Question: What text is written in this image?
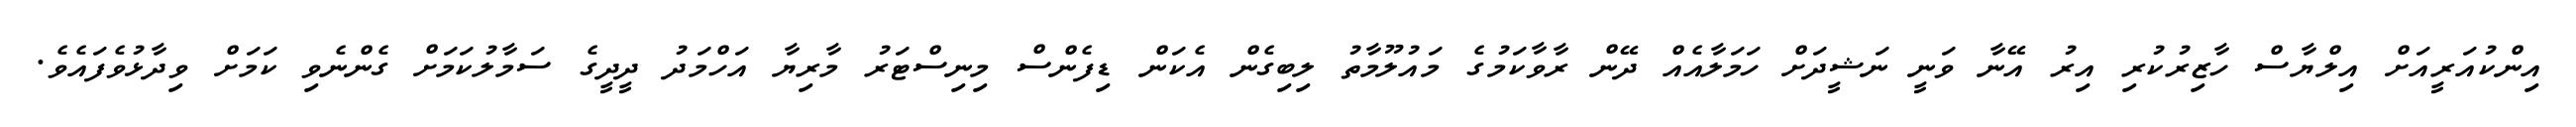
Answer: އިންކުއަރީއަށް އިލްޔާސް ހާޒިރުކުރި އިރު އޭނާ ވަނީ ނަޝީދަށް ހަމަލާއެއް ދޭން ރާވާކަމުގެ މައުލޫމާތު ލިބިގެން އެކަން ޑިފެންސް މިނިސްޓަރު މާރިޔާ އަހްމަދު ދީދީގެ ސަމާލުކަމަށް ގެންނެވި ކަމަށް ވިދާޅުވެފައެވެ.